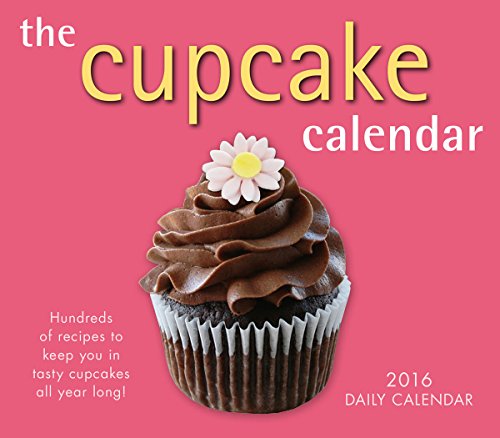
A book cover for Cupcake 2016 Boxed/Daily Calendar; Quintet Publishing; Calendars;